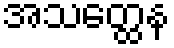
အသတ္ထေန